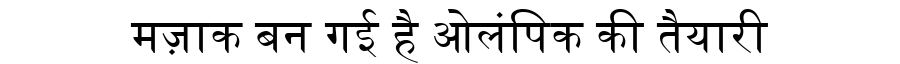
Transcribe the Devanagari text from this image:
मज़ाक बन गई है ओलंपिक की तैयारी